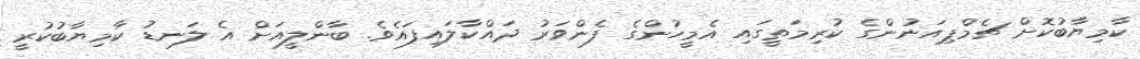
ކާމިޔާބުކޮށް ޗެމްޕިއަނުންގެ ކުރިމަތީގައި އެމީހުންގެ ފެންވަރު ދައްކާލައިފައެވެ. ބާންލީއަށް އެ ލަނޑު ކާމިޔާބުކުރީ